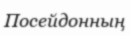
Посейдонның